Indian journal of veterinary science and animal husbandry - Volumes 15-17, 1948-1951
Year: 1948
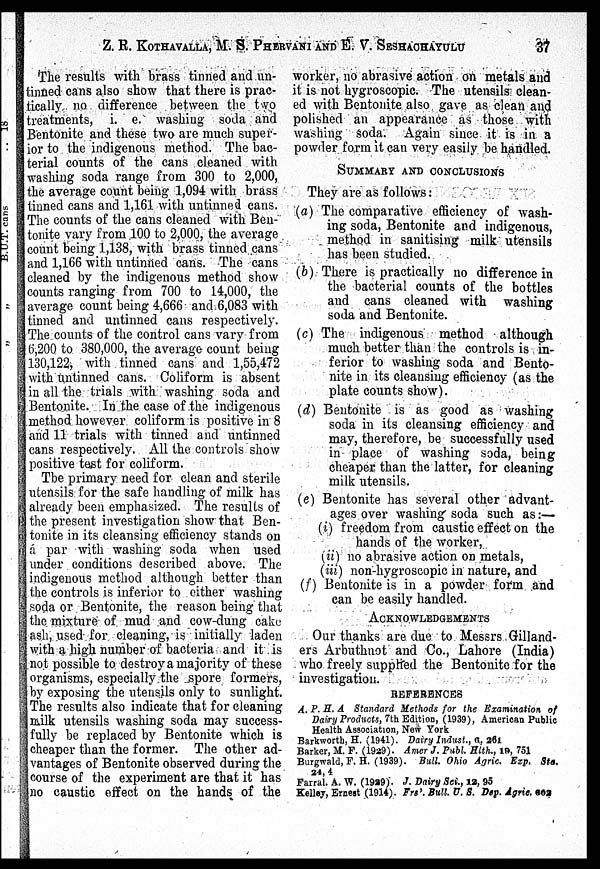
Z. E. KOTHAVALLA, M. S. PHERVANI AND E. V. SESHACHAYULU 37
The results with brass tinned and un-
tinned cans also show that there is prac-
tically no difference between the two
treatments, i. e. washing soda and
Bentonite and these two are much super-
ior to the indigenous method. The bac-
terial counts of the cans cleaned with
washing soda range from 300 to 2,000,
the average count being 1,094 with brass
tinned cans and 1,161 with untinned cans.
The counts of the cans cleaned with Ben-
tonite vary from 100 to 2,000, the average
count being 1,138, with brass tinned cans
and 1,166 with untinned cans. The cans
cleaned by the indigenous method show
counts ranging from 700 to 14,000, the
average count being 4,666 and 6,083 with
tinned and untinned cans respectively.
The counts of the control cans vary from
6,200 to 380,000, the average count being
130,122, with tinned cans and 1,55,472
with untinned cans. Coliform is absent
in all the trials with washing soda and
Bentonite. In the case of the indigenous
method however coliform is positive in 8
and 11 trials with tinned and untinned
cans respectively. All the controls show
positive test for coliform.
Tbe primary need for clean and sterile
utensils for the safe handling of milk has
already been emphasized. The results of
the present investigation show that Ben-
tonite in its cleansing efficiency stands on
a par with washing soda when used
under conditions described above. The
indigenous method although better than
the controls is inferior to either washing
soda or Bentonite, the reason being that
the mixture of mud and cow-dung cake
ash, used for cleaning, is initially laden
with a high number of bacteria and it is
not possible to destroy a majority of these
organisms, especially the spore formers,
by exposing the utensils only to sunlight.
The results also indicate that for cleaning
milk utensils washing soda may success-
fully be replaced by Bentonite which is
cheaper than the former. The other ad-
vantages of Bentonite observed during the
course of the experiment are that it has
no caustic effect on the hands of the
worker, no abrasive action on metals and
it is not hygroscopic. The utensils clean-
ed with Bentonite also gave as clean and
polished an appearance as those with
washing soda. Again since it is in a
powder form it can very easily be handled.
SUMMARY AND CONCLUSIONS
They are as follows:
(a) The comparative efficiency of wash-
ing soda, Bentonite and indigenous,
method in sanitising milk utensils
has been studied.
(b) There is practically no difference in
the bacterial counts of the bottles
and cans cleaned with washing
soda and Bentonite.
(c) The indigenous method although
much better than the controls is in-
ferior to washing soda and Bento-
nite in its cleansing efficiency (as the
plate counts show).
(d) Bentonite is as good as washing
soda in its cleansing efficiency and
may, therefore, be successfully used
in place of washing soda, being
cheaper than the latter, for cleaning
milk utensils.
(e) Bentonite has several other advant-
ages over washing soda such as:—
(i) freedom from caustic effect on the
hands of the worker,
(ii) no abrasive action on metals,
(iii) non-hygroscopic in nature, and
(f) Bentonite is in a powder form and
can be easily handled.
ACKNOWLEDGEMENTS
Our thanks are due to Messrs Gilland-
ers Arbuthnot and Co., Lahore (India)
who freely supplied the Bentonite for the
investigation.
REFERENCES
A. P. S. A Standard Methods for the Examination, of
Dairy Products, 7th Edition, (1939), American Public
Health Association, New York
Barkworth, H. (1941). Dairy Indust., 6., 261
Barker, M. F. (1929). Amer J. Publ. Hlth., 19, 751
Burgwald, F. H. (1939). Bull. Ohio Agric. Exp. Sta,
24, 4
Farral. A. W. (1929). J. Dairy Sei., 12, 95
Kelley, Ernest (1914). Frs'. Bull. U. S. Dep. Agric, 602